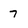
Character: 7